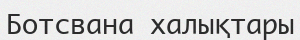
Ботсвана халықтары